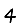
Digit: 4